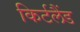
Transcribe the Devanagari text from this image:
किर्टलैंड